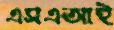
এসএআই